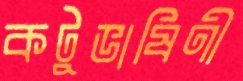
কটুভাষিণী